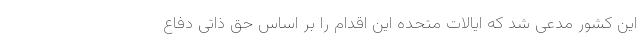
این کشور مدعی شد که ایالات متحده این اقدام را بر اساس حق ذاتی دفاع